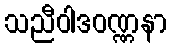
သညီဝါဒဝဏ္ဏနာ